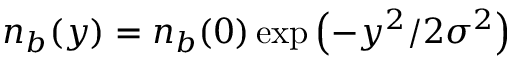
n _ { b } ( y ) = n _ { b } ( 0 ) \exp \left( - y ^ { 2 } / 2 \sigma ^ { 2 } \right)